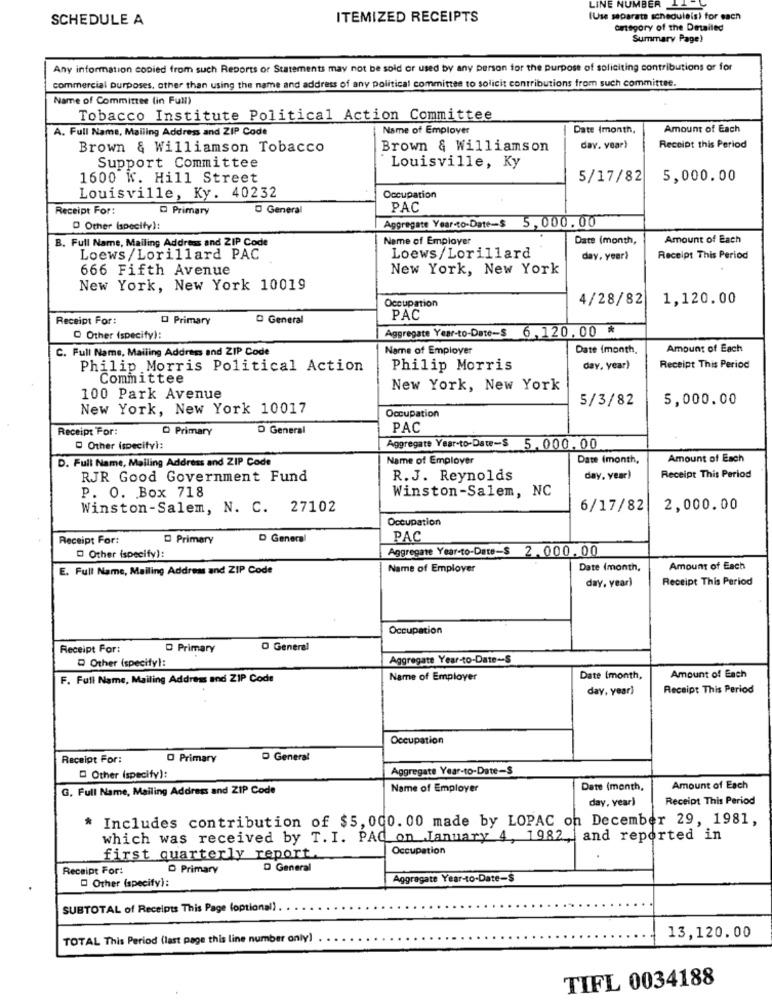
LINE NUMBER 14
SCHEDULE A
ITEMIZED RECEIPTS
(Use separate scheduleis) for each
omtegory of the Detailed
Summary Page)
Any information copied from such Reports or Statements may not be sold or used by any person for the purpose of soliciting contributions or for
commercial purposes, other than using the name and address of any political committee to solicit contributions from such committee.
Name of Committee (in Full)
Tobacco Institute Political Action Committee
A. Full Name, Mailing Address and ZIP Code
Name of Employer
Date (month,
Amount of Each
Brown & Williamson Tobacco
Brown & Williamson
day. year)
Receipt this Period
Support Committee
Louisville, Ky
1600 W. Hill Street
5/17/82
5,000.00
Louisville, Ky. 40232
Occupation
Receipt For:
Primary
D General
PAC
D Other (specify):
Aggregate Year-to-Date-$ 5,000.00
B. Full Name, Mailing Address and ZIP Code
Name of Employer
Date (month,
Amount of Each
Loews /Lorillard PAC
Loews/Lorillard
day, year}
Receipt This Period
666 Fifth Avenue
New York, New York
New York, New York 10019
Occupation
4/28/82
1,120.00
Receipt For:
O Primary
O General
PAC
Aggregate Year-to-Date-$ 6,120.00 *
Other (specify):
C. Full Name, Mailing Address and ZIP Code
Name of Employer
Date (month,
Amount of Each
Philip Morris Political Action
Philip Morris
day, year)
Receipt This Period
Committee
New York, New York
100 Park Avenue
5/3/82
5,000.00
New York, New York 10017
Occupation
Receipt For:
Primary
D General
PAC
Other (specifyi:
Aggregate Year-to-Date-$ 5.000.00
D. Full Name, Mailing Address and ZIP Code
Name of Employer
Date Imonth,
Amount of Each
RJR Good Government Fund
R.J. Reynolds
day, year)
Receipt This Period
Winston-Salem, NC
P. O. Box 718
Winston-Salem, N. C. 27102
6/17/82|
2,000.00
Occupation
Receipt For:
Primary
D Genera
PAC
Aggregate Year-to-Date-$ 2.000. 00
Other (specify):
E. Full Name, Mailing Address and ZIP Code
Name of Employer
Date (month,
Amount of Each
day, year)
Receipt This Period
Occupation
Receipt For:
O Primary
O General
D Other (specifyl:
Aggregate Year-to-Date -- S
F. Full Name, Mailing Address and ZIP Code
Name of Employer
Date (month,
Amount of Each
day, year)
Receipt This Period
Occupation
Receipt For:
O Primary
D General
Aggregate Year-to-Date-S
Other (specify):
G. Full Name, Mailing Address and ZIP Code
Name of Employer
Date (month,
Amount of Each
day, year)
Receipt This Period
* Includes contribution of $5,000. 00 made by LOPAC on December 29, 1981,
which was received by T. I. PAQ on January 4, 1982, and reported in
Occupation
first quarterly report.
Receipt For:
D Primary
D General
Other (specify):
Aggregate Year-to-Date-$
SUBTOTAL of Receipts This Page (optional)
13,120.00
TOTAL This Period (last page this line number only)
TIFL 0034188